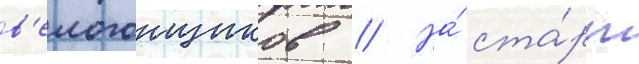
в'елогонщиков // На́ ста́рт